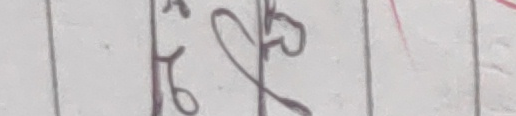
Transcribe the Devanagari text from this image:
के हो